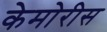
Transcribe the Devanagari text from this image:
केमोरीस